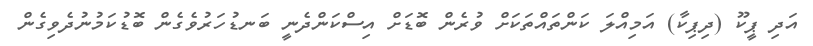
އަދި ޕީކޫ (ދިޕިކާ) އަމިއްލަ ކަންތައްތަކަށް ވުރެން ބޮޑަށް އިސްކަންދެނީ ބަނޑުހަރުވެގެން ބޮޑުކަމުނުދެވިގެން